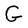
Character: G